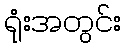
ရုံးအတွင်း